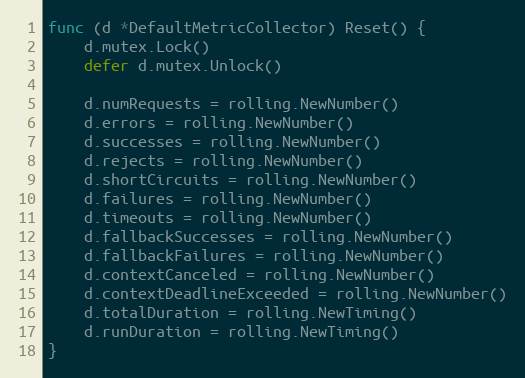
Language: Go
func (d *DefaultMetricCollector) Reset() {
	d.mutex.Lock()
	defer d.mutex.Unlock()

	d.numRequests = rolling.NewNumber()
	d.errors = rolling.NewNumber()
	d.successes = rolling.NewNumber()
	d.rejects = rolling.NewNumber()
	d.shortCircuits = rolling.NewNumber()
	d.failures = rolling.NewNumber()
	d.timeouts = rolling.NewNumber()
	d.fallbackSuccesses = rolling.NewNumber()
	d.fallbackFailures = rolling.NewNumber()
	d.contextCanceled = rolling.NewNumber()
	d.contextDeadlineExceeded = rolling.NewNumber()
	d.totalDuration = rolling.NewTiming()
	d.runDuration = rolling.NewTiming()
}